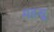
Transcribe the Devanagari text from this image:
महसू